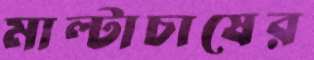
মাল্টাচাষের